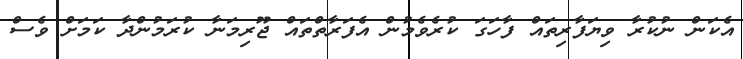
އެކަން ނުކުރާ ވިޔަފާރިތައް ފާހަގަ ކުރެވެމުން އެފަރާތްތައް ޖޫރިމަނާ ކުރަމުންދާ ކަމަށް ވެސް